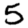
Digit: 5